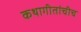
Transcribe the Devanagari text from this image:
कथागीतांचीच